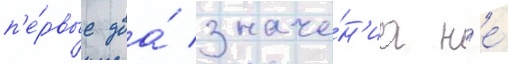
п'е́рвые два́ значе́н'иа н'е́